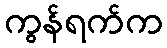
ကွန်ရက်က